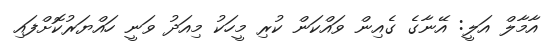
އާމާލް އަލީ: އޭނާގެ ގެއިން ވައްކަން ކުރި މީހަކު މިއަދު ވަނީ ހައްޔަރުކޮށްފައި